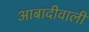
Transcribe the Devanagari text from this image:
आबादीवाली